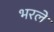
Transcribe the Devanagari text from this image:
भरलें